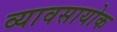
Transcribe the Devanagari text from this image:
व्यावसायोक